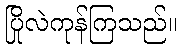
ပြိုလဲကုန်ကြသည်။